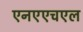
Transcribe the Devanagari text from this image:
एनएएचएल